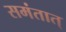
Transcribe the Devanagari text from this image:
समंतात्